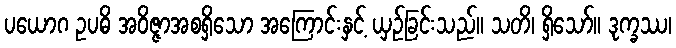
ပယောဂ ဥပဓိ အဝိဇ္ဇာအစရှိသော အကြောင်းနှင့် ယှဉ်ခြင်းသည်။ သတိ၊ ရှိသော်။ ဒုက္ခဿ၊